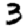
Digit: 3